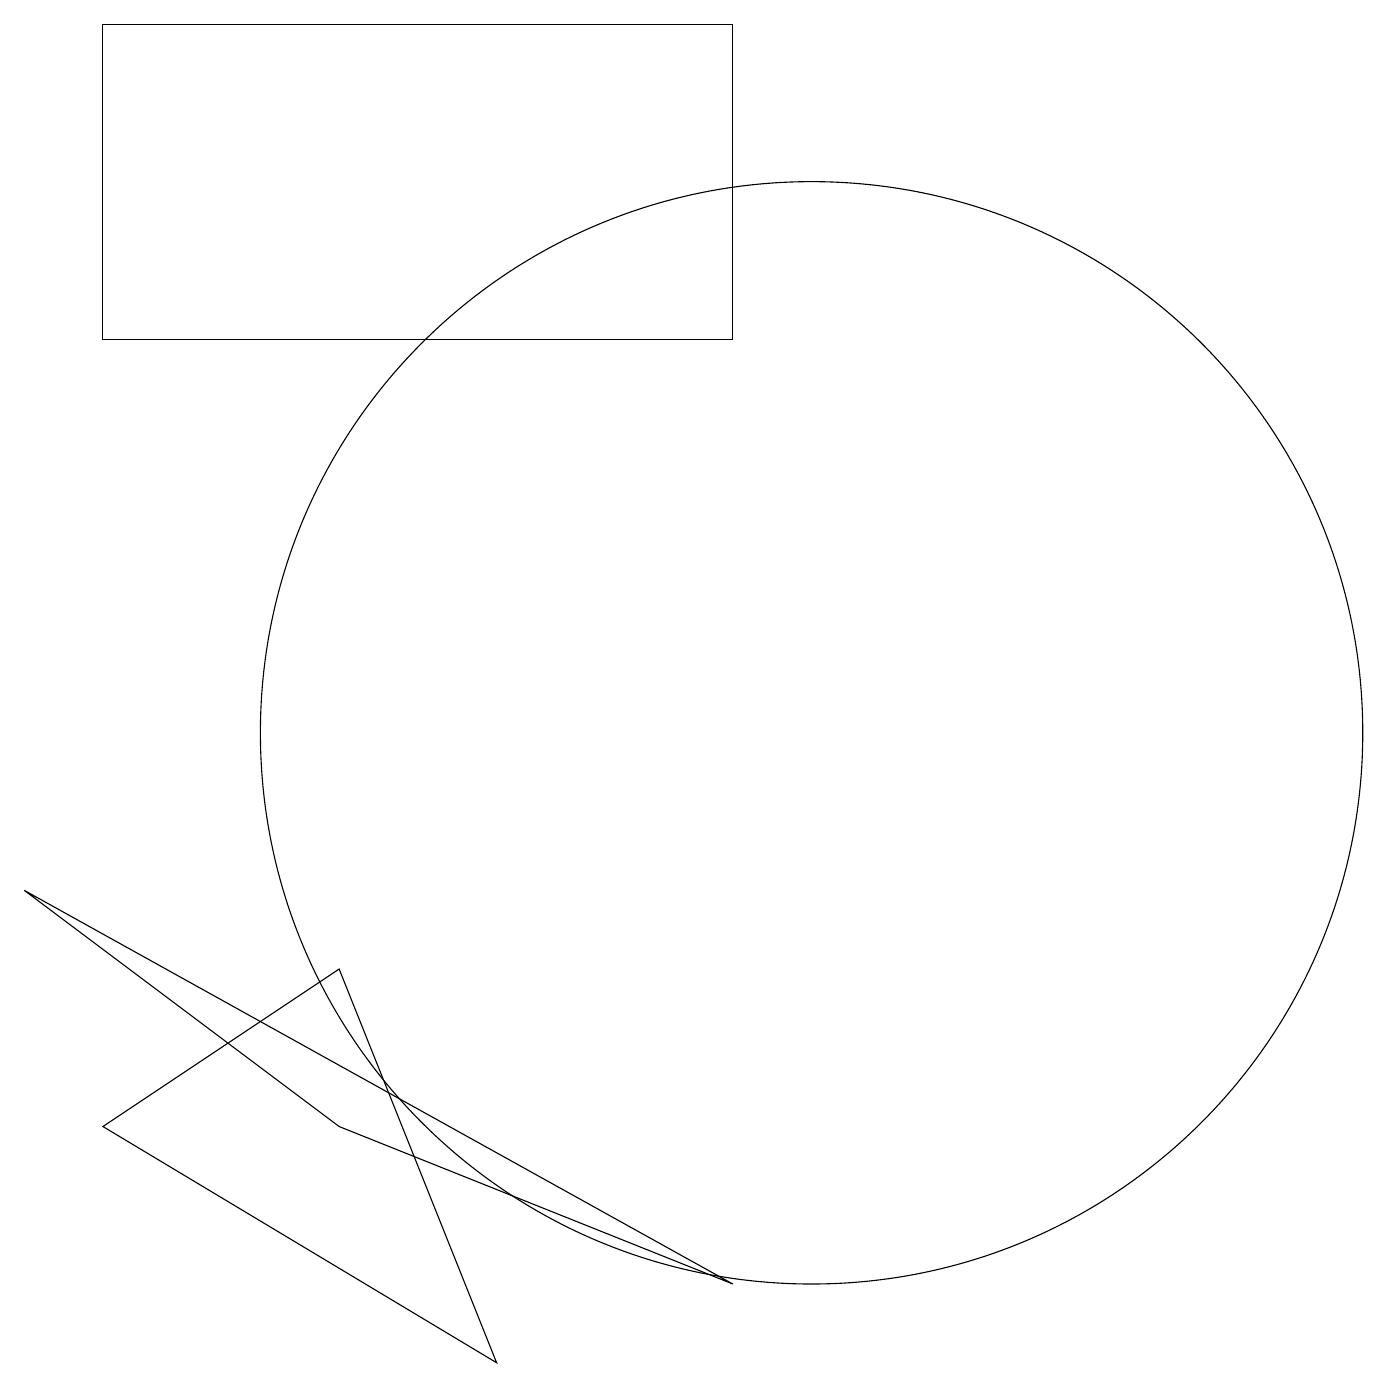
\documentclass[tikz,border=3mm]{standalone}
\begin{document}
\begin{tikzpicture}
\draw (10,10) circle (7);
\draw (9,3) -- (0,8) -- (4,5) -- cycle;
\draw (1,19) rectangle (9,15);
\draw (6,2) -- (1,5) -- (4,7) -- cycle;
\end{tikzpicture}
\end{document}